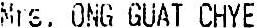
MRS. ONG GUAT CHYE